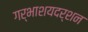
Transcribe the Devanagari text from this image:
गर्भाशयदर्शन